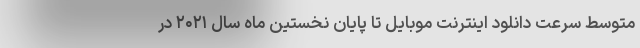
متوسط سرعت دانلود اینترنت موبایل تا پایان نخستین ماه سال ۲۰۲۱ در